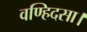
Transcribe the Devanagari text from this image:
वण्हिदसा।